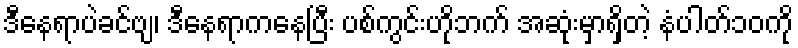
ဒီနေရာပဲခင်ဗျ၊ ဒီနေရာကနေပြီး ပစ်ကွင်းဟိုဘက် အဆုံးမှာရှိတဲ့ နံပါတ်၁၀ကို